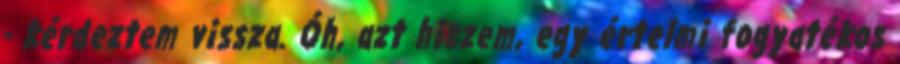
- kérdeztem vissza. Óh, azt hiszem, egy értelmi fogyatékos